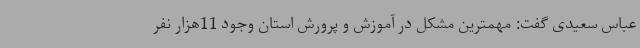
عباس سعیدی گفت: مهمترین مشکل در آموزش و پرورش استان وجود 11هزار نفر